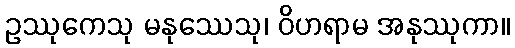
ဥဿုကေသု မနုဿေသု၊ ဝိဟရာမ အနုဿုကာ။